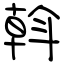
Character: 斡